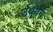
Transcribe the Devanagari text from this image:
उथुराचे